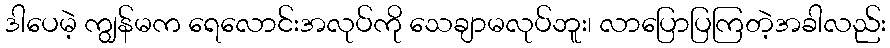
ဒါပေမဲ့ ကျွန်မက ရေလောင်းအလုပ်ကို သေချာမလုပ်ဘူး၊ လာပြောပြကြတဲ့အခါလည်း